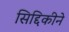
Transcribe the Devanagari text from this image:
सिद्दिकीने